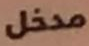
مدخل